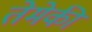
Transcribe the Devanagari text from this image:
तेमेकी